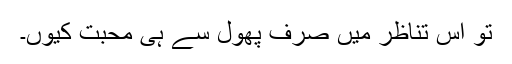
تو اس تناظر میں صرف پھول سے ہی محبّت کیوں۔